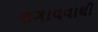
લગાવવાથી